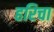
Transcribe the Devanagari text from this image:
हरिचा